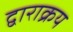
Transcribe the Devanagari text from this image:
द्वाराक्रय